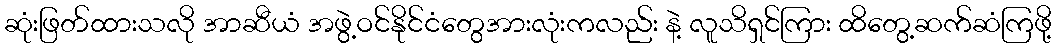
ဆုံးဖြတ်ထားသလို အာဆီယံ အဖွဲ့ဝင်နိုင်ငံတွေအားလုံးကလည်း နဲ့ လူသိရှင်ကြား ထိတွေ့ဆက်ဆံကြဖို့